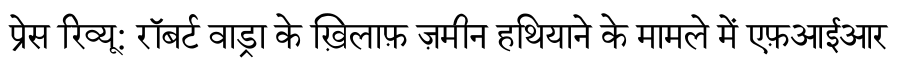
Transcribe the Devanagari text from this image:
प्रेस रिव्यू: रॉबर्ट वाड्रा के ख़िलाफ़ ज़मीन हथियाने के मामले में एफ़आईआर